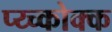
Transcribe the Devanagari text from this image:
प्य्च्कोक्क